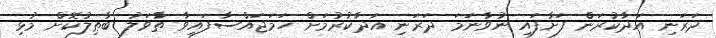
ދަރަނި އަދާކުރަން ފަށާފައި ނުވާނަމަ ދަރަނި އަދާކުރުމަށް ހަމަޖައްސާފައިވާ ތާވަލު ބާޠިލުކޮށް މުޅި